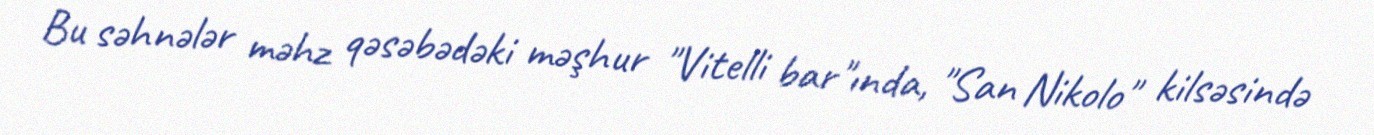
Bu səhnələr məhz qəsəbədəki məşhur "Vitelli bar"ında, "San Nikolo" kilsəsində